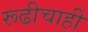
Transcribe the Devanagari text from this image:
रूढीचाही